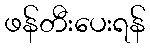
ဖန်တီးပေးရန်